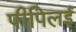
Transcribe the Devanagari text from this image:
पीपिलई